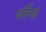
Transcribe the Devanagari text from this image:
पर्किन्झ